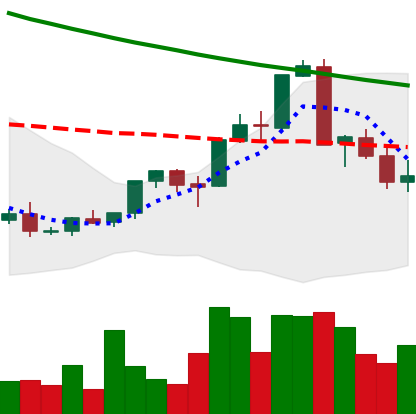
Ticker: XMR-USD
Chart end date: 2018-09-09
Forward return: 10.122%
Label: up_7plus